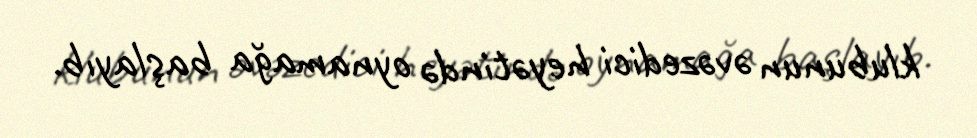
klubunun əvəzedici heyətində oynamağa başlayıb.